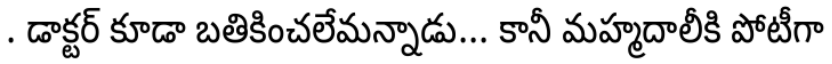
. డాక్టర్ కూడా బతికించలేమన్నాడు... కానీ మహ్మదాలీకి పోటీగా